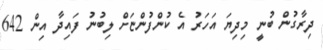
ދިރާގުން ބުނީ މިދިޔަ އަހަރު އެ ކުންފުންޏަށް ލިބުނު ފައިދާ އިން 642